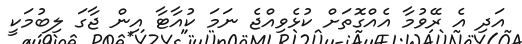
އަދި އެ ރޭވުމާ އެއްގޮތަށް ކުޅެވިއްޖެ ނަމަ ކުއާޓާ އިން ޖާގަ ލިބުމަކީ